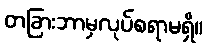
တခြားဘာမှလုပ်စရာမရှိ။